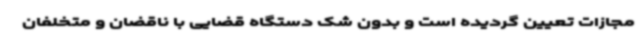
مجازات تعیین گردیده است و بدون شک دستگاه قضایی با ناقضان و متخلفان